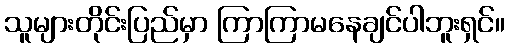
သူများတိုင်းပြည်မှာ ကြာကြာမနေချင်ပါဘူးရှင်။